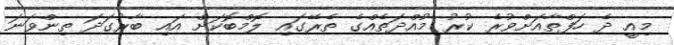
މިއީ ދެ ހަފްތާއަށްވުރެ ކުރު މުއްދަތެއްގެ ތެރޭގައި ލޮމްބޮކަށް އައި ބާރުގަދަ ތިންވަނަ